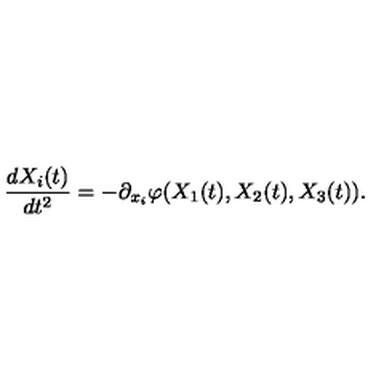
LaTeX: \frac { d X _ { i } ( t ) } { d t ^ { 2 } } = - \partial _ { x _ { i } } \varphi ( X _ { 1 } ( t ) , X _ { 2 } ( t ) , X _ { 3 } ( t ) ) .